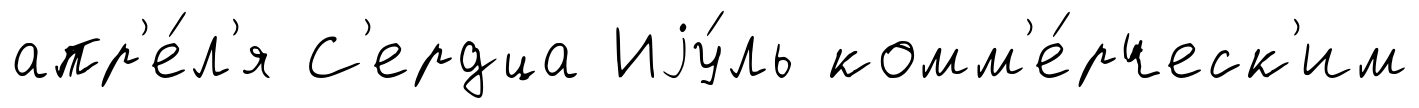
апр'е́л'я С'ердца Иjу́ль комм'е́рческ'им